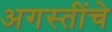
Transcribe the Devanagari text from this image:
अगस्तींचे